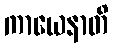
ကာယေနာတိ